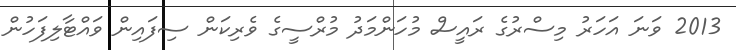
2013 ވަނަ އަހަރު މިސްރުގެ ރައީސް މުހަންމަދު މުރްސީގެ ވެރިކަން ސިފައިން ވައްޓާލިފަހުން